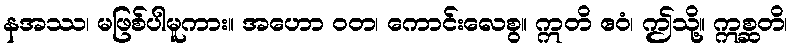
နအဿ၊ မဖြစ်ပါမူကား။ အဟော ဝတ၊ ကောင်းလေစွ။ ဣတိ ဧဝံ၊ ဤသို့။ ဣစ္ဆတိ၊